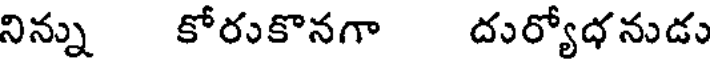
నిన్ను కోరుకొనగా దుర్యోధనుడు